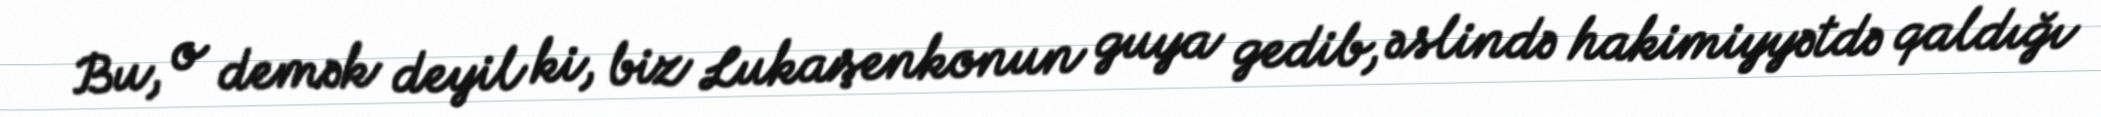
Bu, o demək deyil ki, biz Lukaşenkonun guya gedib, əslində hakimiyyətdə qaldığı